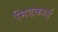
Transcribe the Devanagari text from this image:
मिडकार्ड